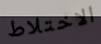
الاختلاط